Juri_Uluots, lk 17
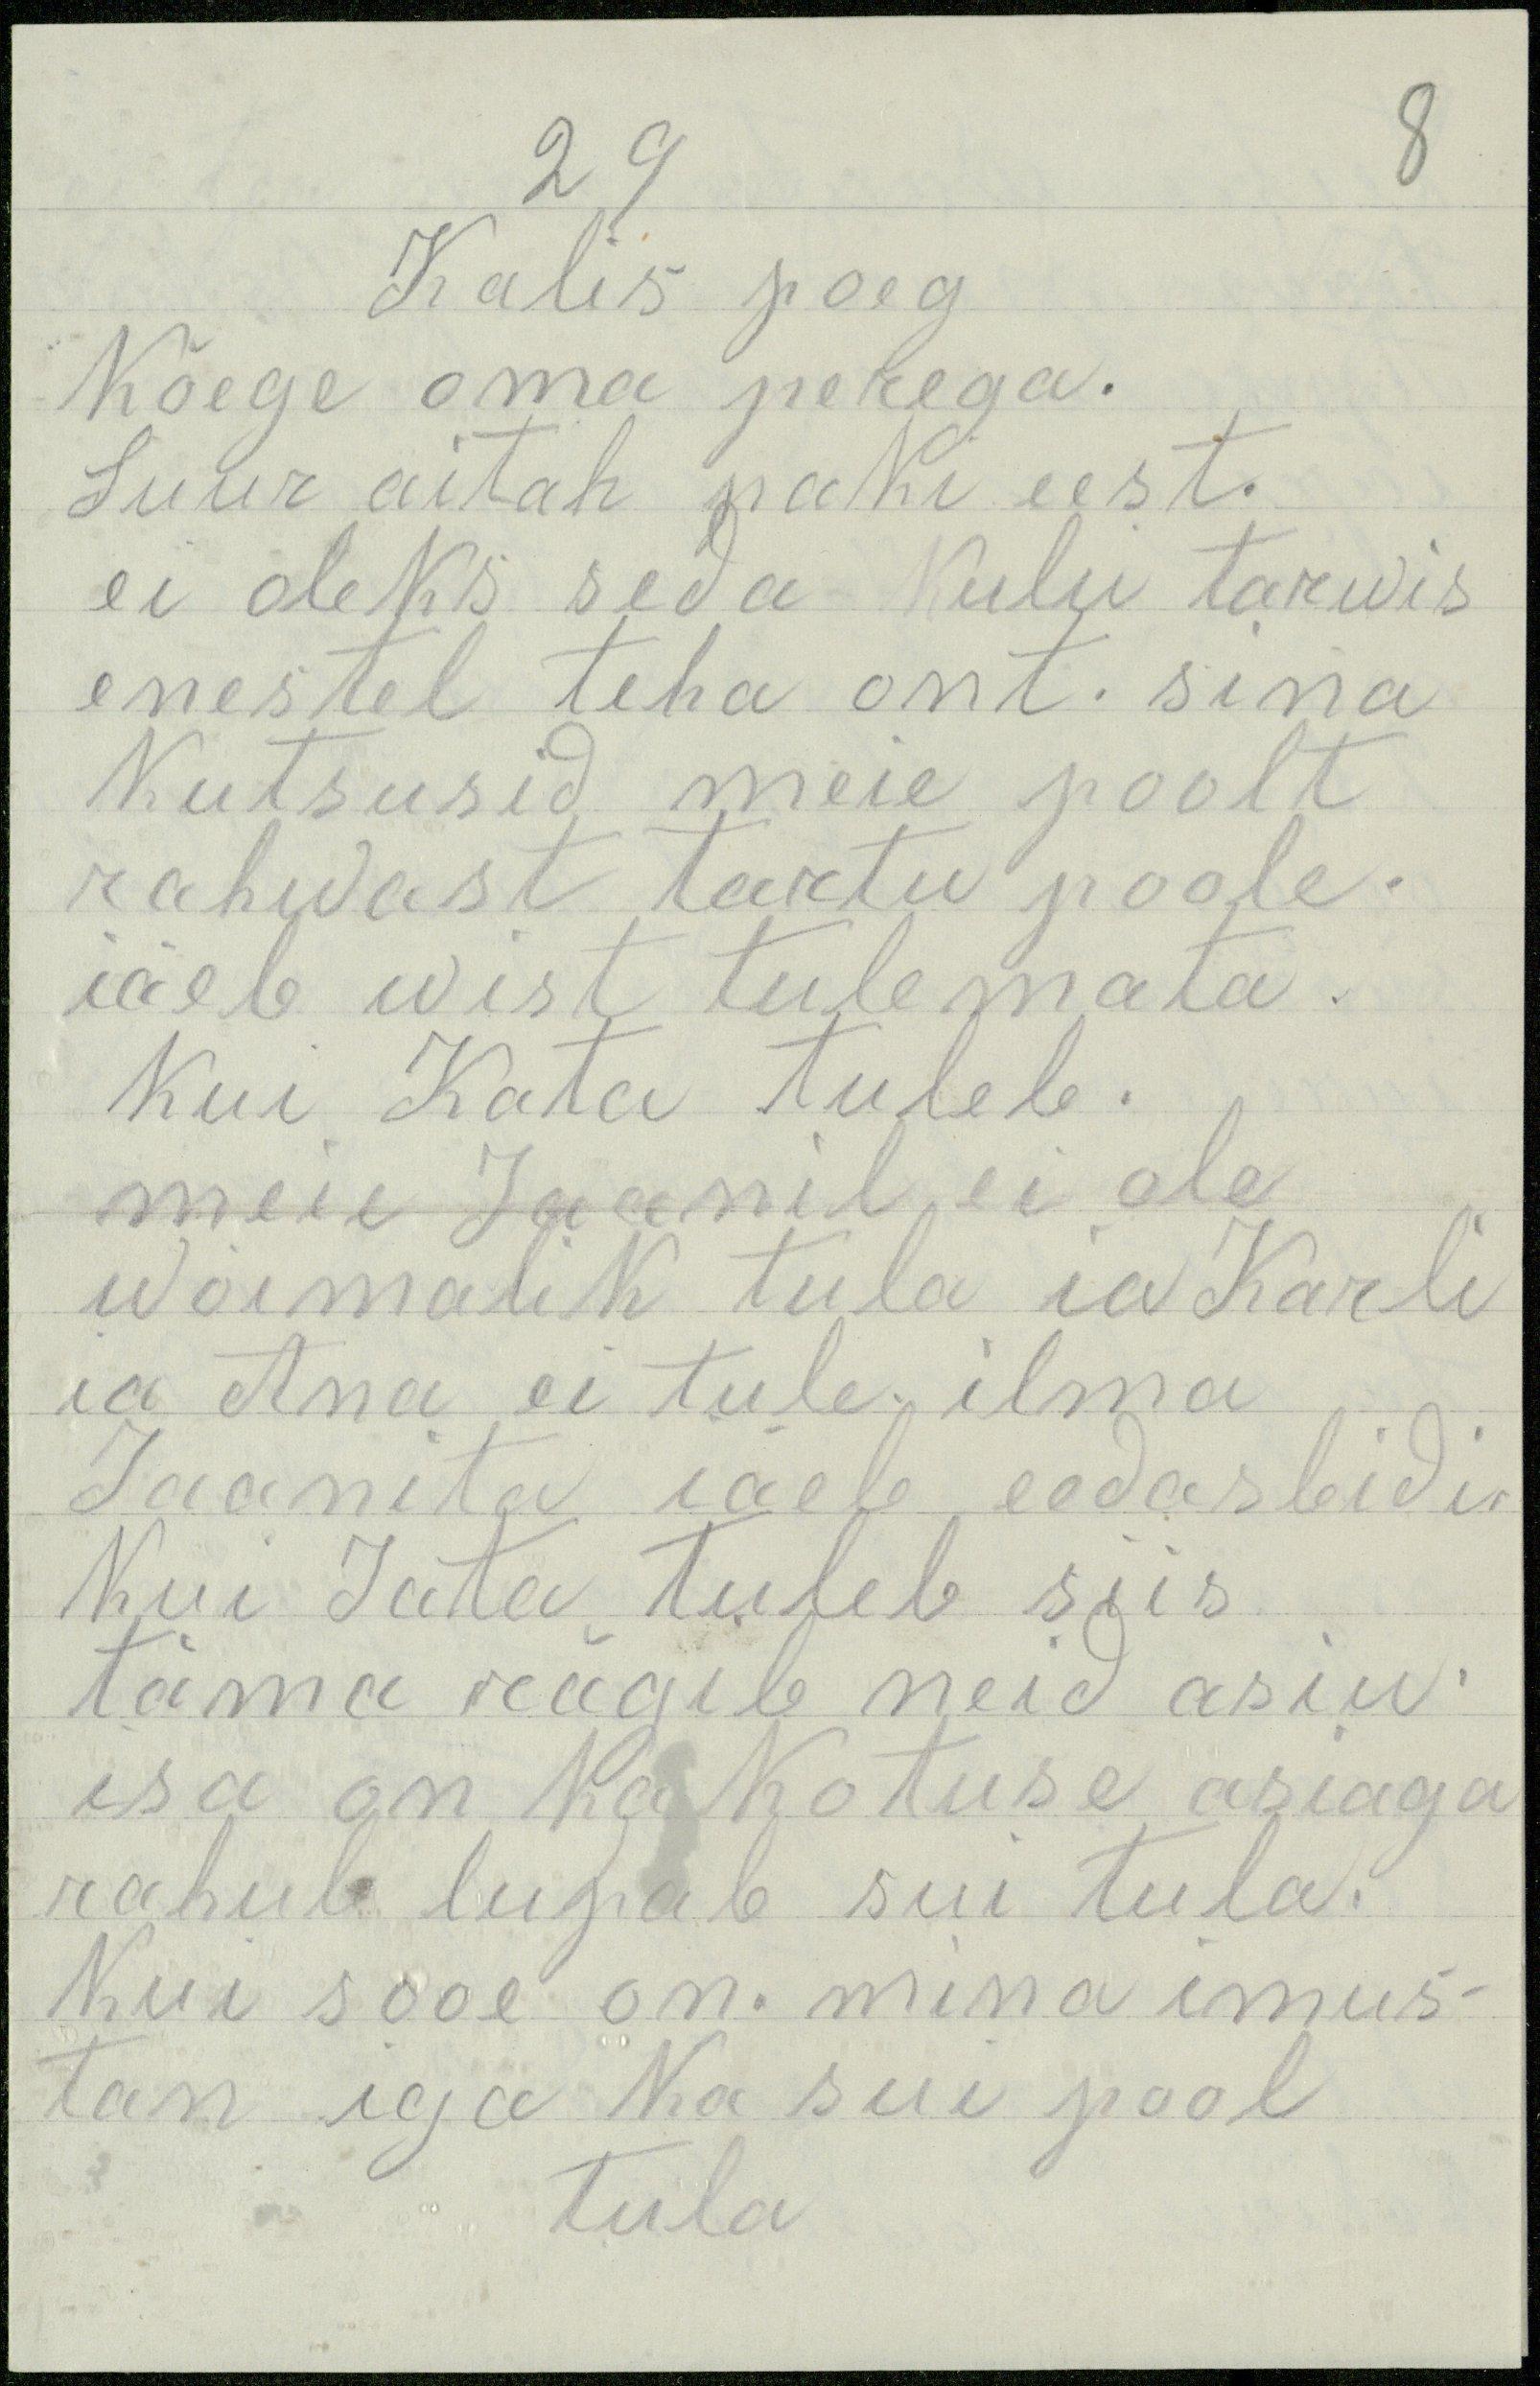
29
8
Kalis poeg
Kõege oma perega.
Suur aitah paki eest.
ei oleks seda kulu tarwis
enestel teha ont. sina
kutsusid meie poolt
rahwast tartu poole.
iäeb wist tulemata.
kui Kata tuleb.
meie Jaanil ei ole
wõimalik tula ia Karli
ia Ana ei tule ilma
Jaanita iäeb eedasbidis
kui Juta tuleb siis
täma reägib neid asiu.
isa on ka kotuse asiaga
rahul lupab sui tula.
Kui sooe on. mina imus-
tan iga ka sui pool
tula